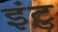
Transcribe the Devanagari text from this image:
इंटु